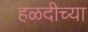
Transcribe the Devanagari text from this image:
हळदीच्या